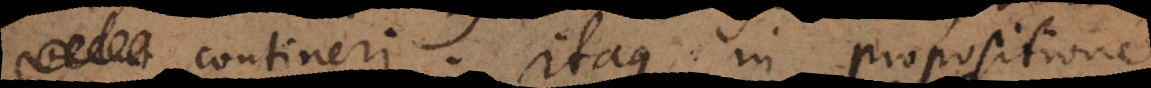
contineri. Itaque in propositione